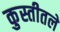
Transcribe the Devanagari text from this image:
कुस्तीतले